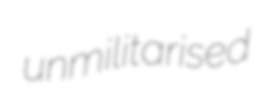
unmilitarised